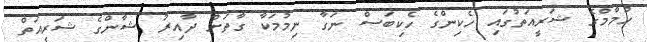
ހުމާމްގެ ޝަރީއަތުގައި ހެކިންގެ ހެކިބަސް ނަގާ ނިމުމަކާ ގާތަށް ދާއިރު ޝާންގެ ޝަރީއަތް